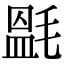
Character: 𣯎